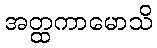
အတ္ထကာမောသိ